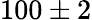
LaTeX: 100\pm 2